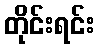
တိုင်းရင်း